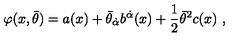
\varphi ( x , \bar { \theta } ) = a ( x ) + \bar { \theta } _ { \dot { \alpha } } b ^ { \dot { \alpha } } ( x ) + { \mathrm { \small { \frac 1 2 } } } \bar { \theta } ^ { 2 } c ( x ) \ ,